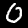
Label: 0